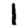
Digit: 1